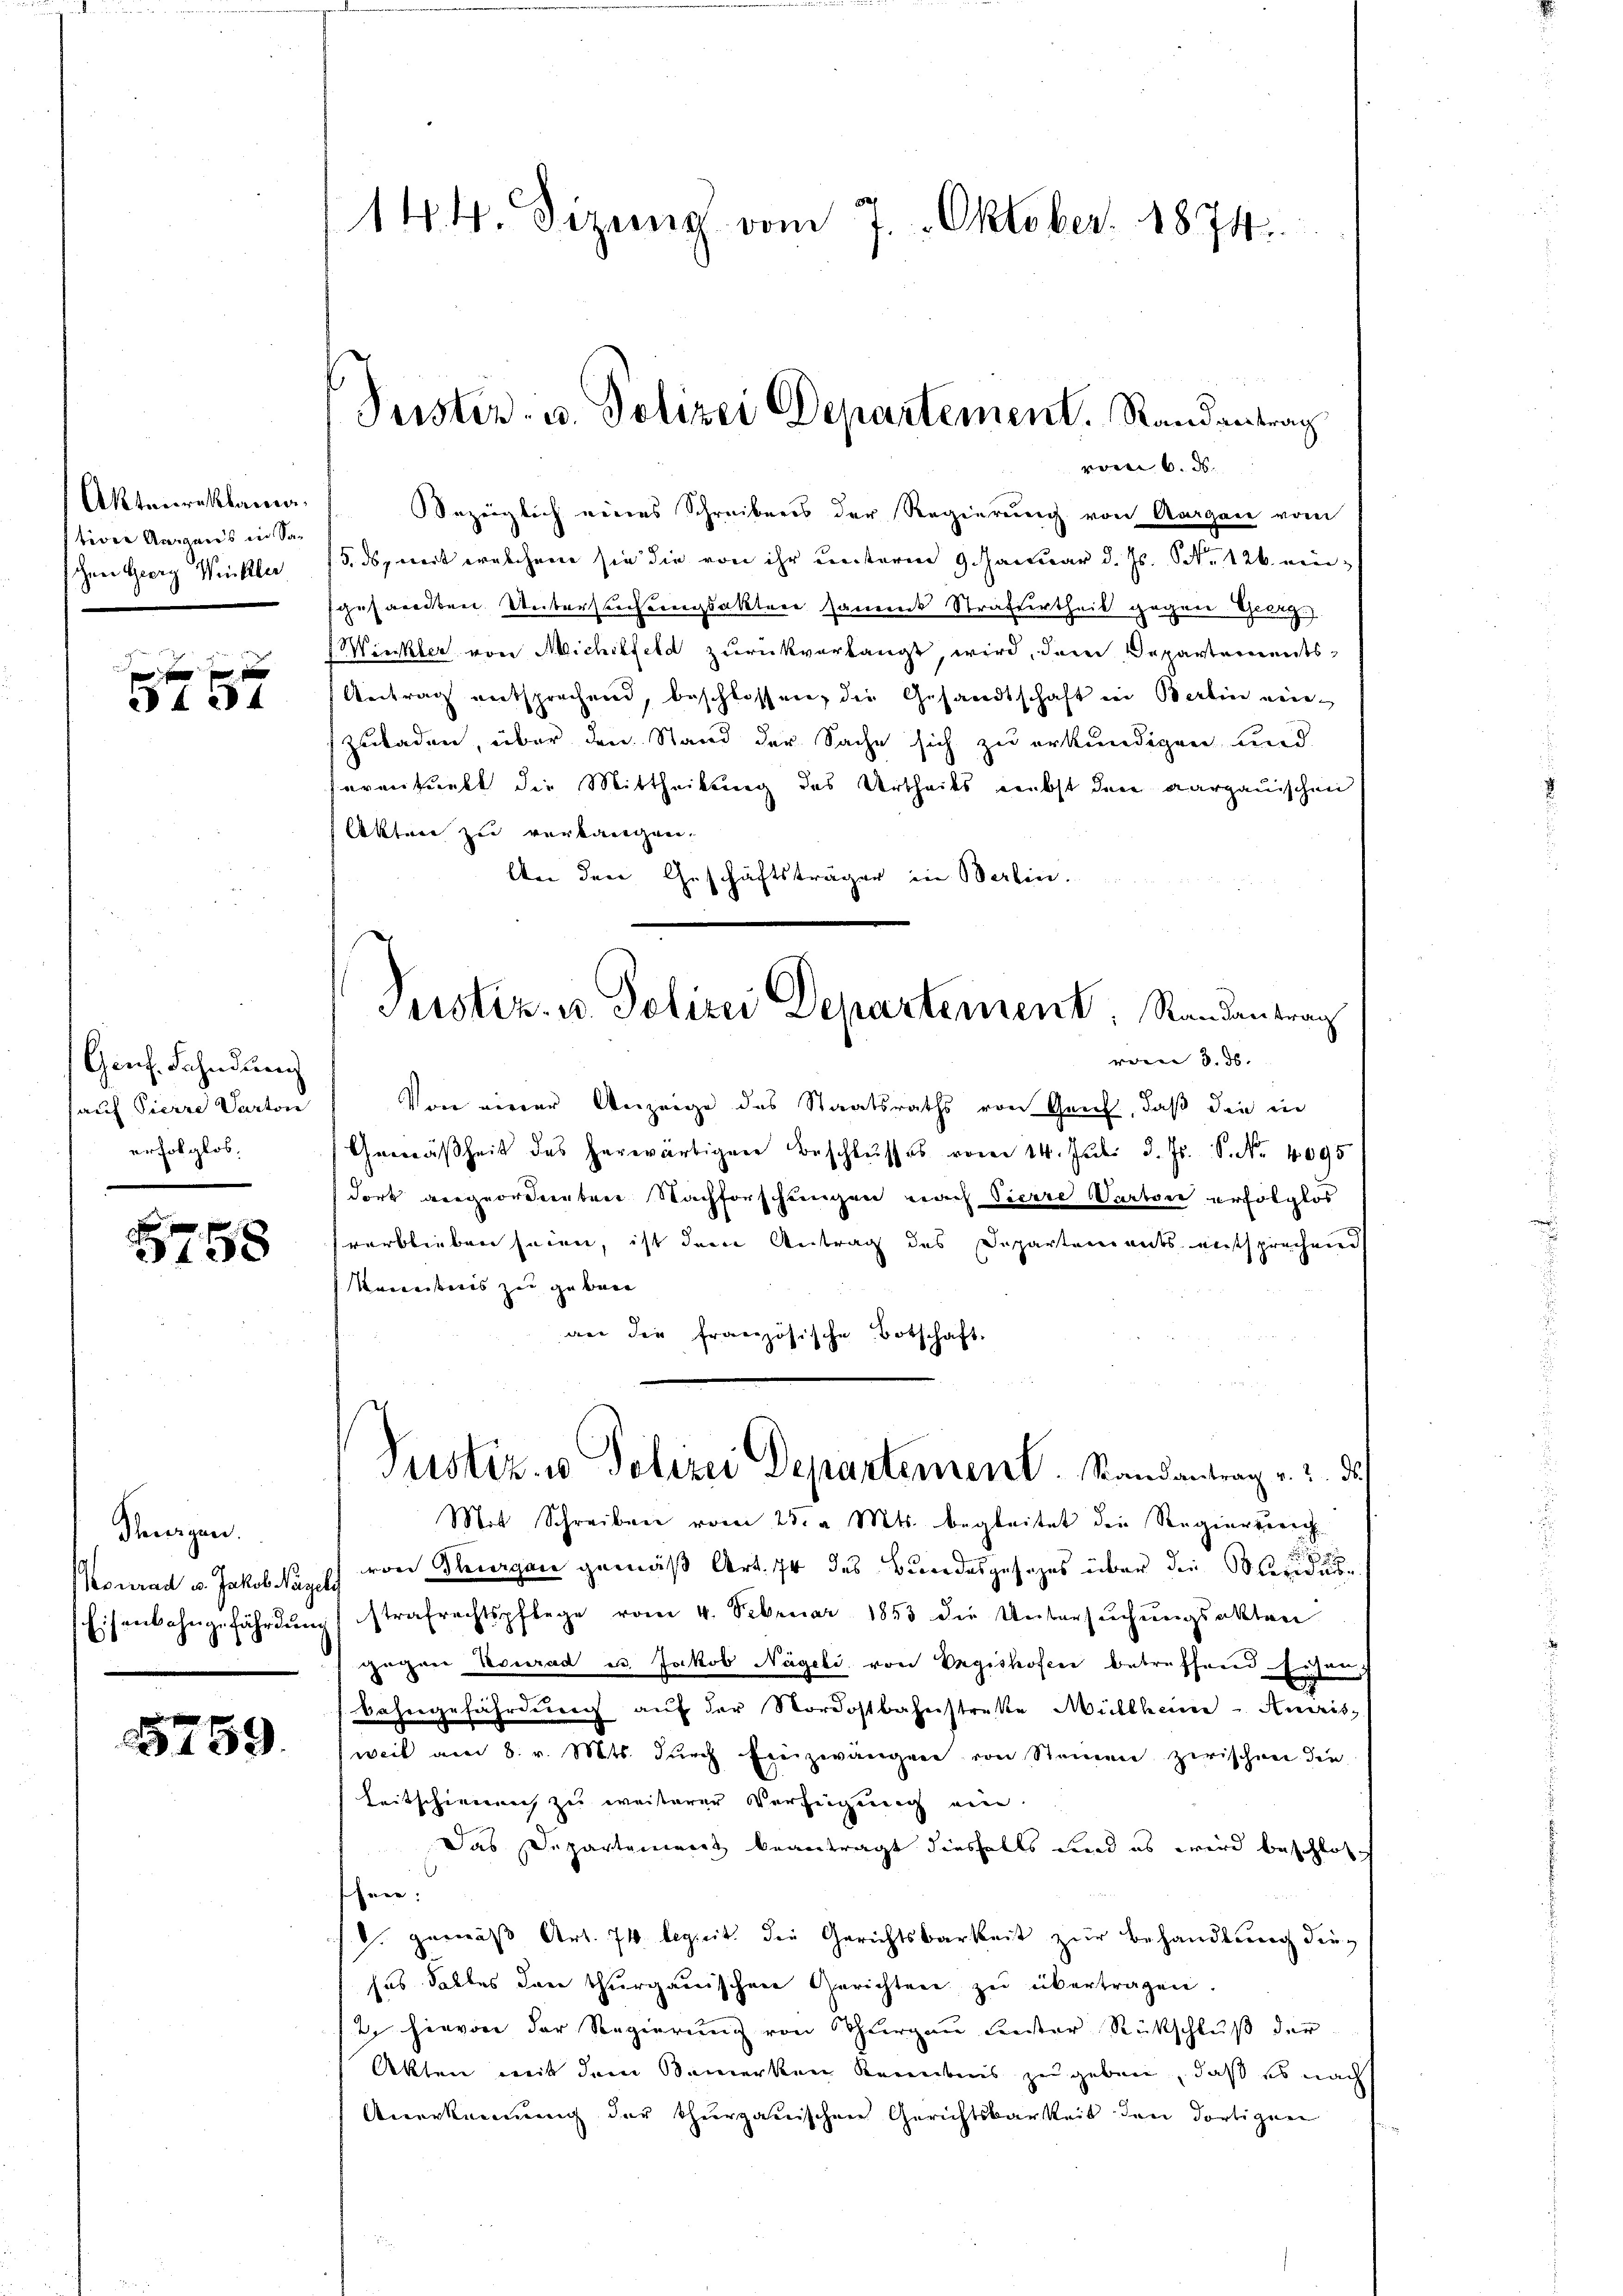
Aktenreklama
tiver Aargaus in Sachen Georg Winkler

x
V f 24

Genf. Fahndung
auf Pierre Varton
erfolglos.

8758

Steuergen.
Konrad u. Jakob Nägel
Eisenbahngefährdung

5759.

144. Sizung vom 7. Oktober. 1874.

Peister- u. Polizei Departement. Randantrag
vom 6. ds.

bezeiglich neines Schreibens der Regierung von Aargare vom
15. ds, weit welchem sie die von ihr unterm 9. Januar d. Js. Nr. 126. eingesandten Untersuchungsakter sament Strafurtheil gegene Schwarz.)
Winkler von Michilfeld zurückverlangt, wird, dem Departements
Antrag entsprechend, beschlossen, die Gesandtschaft in Berlin neinzuladen, über den Stand der Sache sich zu erkundigen und
eventunkt die Mittheilung des Urtheils nebst den aargauischen
Akten zu verkangen.
An den Geschäftsträger in Berlin.
Von einer Anzeige des Staatsraths von Genf, daß die in
Gemäßheit des herwärtiger Beschlŭsses vom 14. Juli d. Js. S. Nr. 4095
dort vergeordneten Nachforschungen nach Vierre (arton erfolglos
verblieben seien, ist dem Antrag des Departenants entsprechend
Kaneiteres zu gebene
an die französische Botschaft.
Justiz- u Polizei Departement. Randantrag v. 2. ds.
Mit Schreiben vom 25. v. Mts. begleitet die Regiergerich
von Thurgau gemäß Art. 74 des Bundesgesezes über die leide
strafrechtspflege vom 4. Februar 1853 die Untersuchungsakten
gegen Konrad u. Jakob Nägeli von Egishofen betreffend Eisen,
Bahngefährdŭng aŭf der Nordostbahnstrakte Müllheim. Anais-
weit am 8. v. Mts. durch Einzwangen von Seinen zwischen die
Leitschienen zu weiterer Verfügung ein.
Das Departement beantragt diesfalls und es wird beschlos
sei.
. gemäß Art. 74 begrit die Gerichtsbarkeit zur Behandlung die
ses Salles den thurgauischen Gerichten zŭ übertragen.
2 hievon der Regierung von Schurgau Leister Rückschluß der
Akten mit dem Bemerken Kenntnis zu geben, daß es nach
Anerkennung der thurgauischen Gerichtsbarkeit den dortigen

Pustiz- u. Polizei Departement, Randantrag

vom 3. 56.